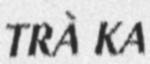
TRÀ KA